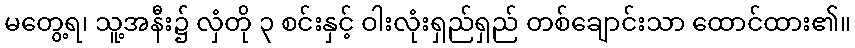
မတွေ့ရ၊ သူ့အနီး၌ လှံတို ၃ စင်းနှင့် ဝါးလုံးရှည်ရှည် တစ်ချောင်းသာ ထောင်ထား၏။